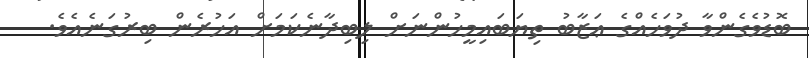
ބޮޑުވެގެންވާ ދުވަހެއްގެ ޢަޒާބު ތިޔަބައިމީހުންނަށް ލިބިދާނެކަމަށް އަހުރެން ބިރުގަނެއެވެ.